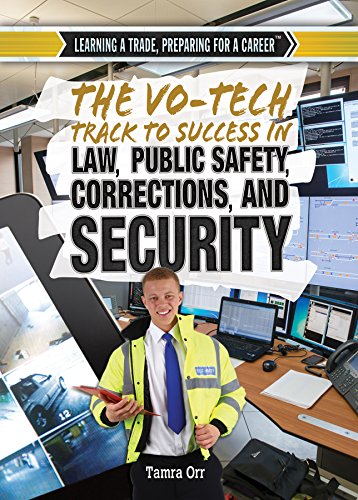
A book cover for The Vo-Tech Track to Success in Law, Public Safety, Corrections, and Security (Learning a Trade, Preparing for a Career); Tamra B. Orr; Teen & Young Adult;